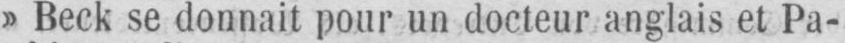
» Beck se donnait pour un docteur anglais et Pa-